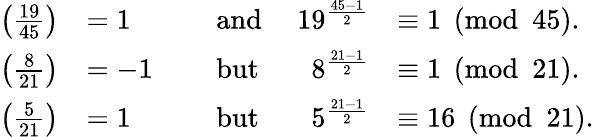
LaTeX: {\begin{array}{rlrlrl}{\left({\frac{19}{45}}\right)}&{=1}&&{{\mathrm{~and~}}}&{19^{\frac{45-1}{2}}}&{\equiv 1{\pmod{45}}.}\\ {\left({\frac{8}{21}}\right)}&{=-1}&&{{\mathrm{~but~}}}&{8^{\frac{21-1}{2}}}&{\equiv 1{\pmod{21}}.}\\ {\left({\frac{5}{21}}\right)}&{=1}&&{{\mathrm{~but~}}}&{5^{\frac{21-1}{2}}}&{\equiv 16{\pmod{21}}.}\end{array}}